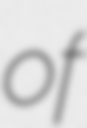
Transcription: of